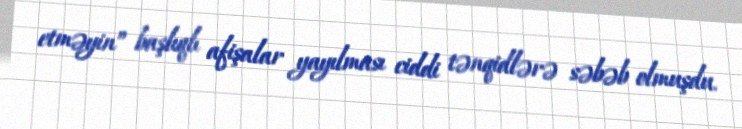
etməyin” başlıqlı afişalar yayılması ciddi tənqidlərə səbəb olmuşdu.